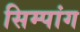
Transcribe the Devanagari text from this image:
सिम्पांग